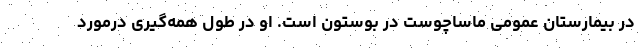
در بیمارستان عمومی ماساچوست در بوستون است. او در طول همه‌گیری درمورد